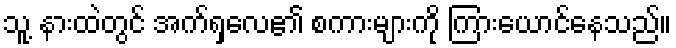
သူ့ နားထဲတွင် အက်ရှလေ၏ စကားများကို ကြားယောင်နေသည်။